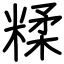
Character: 糅